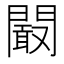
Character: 𮤜